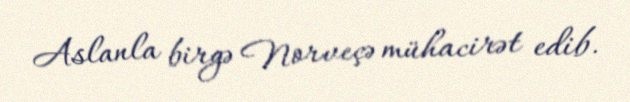
Aslanla birgə Norveçə mühacirət edib.